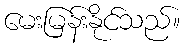
မေးမြန်းနိုင်သည်။